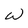
Character: W